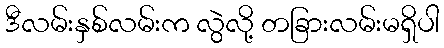
ဒီလမ်းနှစ်လမ်းက လွဲလို့ တခြားလမ်းမရှိပါ